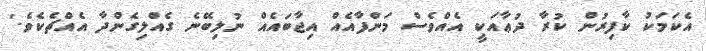
އެކަމަކު ކާފިރުން ކުރާ ދުޢާއަކީ އެއްވެސް މަންފާއެއް އިޖާބައެއް ނުލިބޭނެ ގެއްލިގެންދާ އެއްޗެކެވެ.'